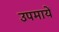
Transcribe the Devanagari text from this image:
उपमायें